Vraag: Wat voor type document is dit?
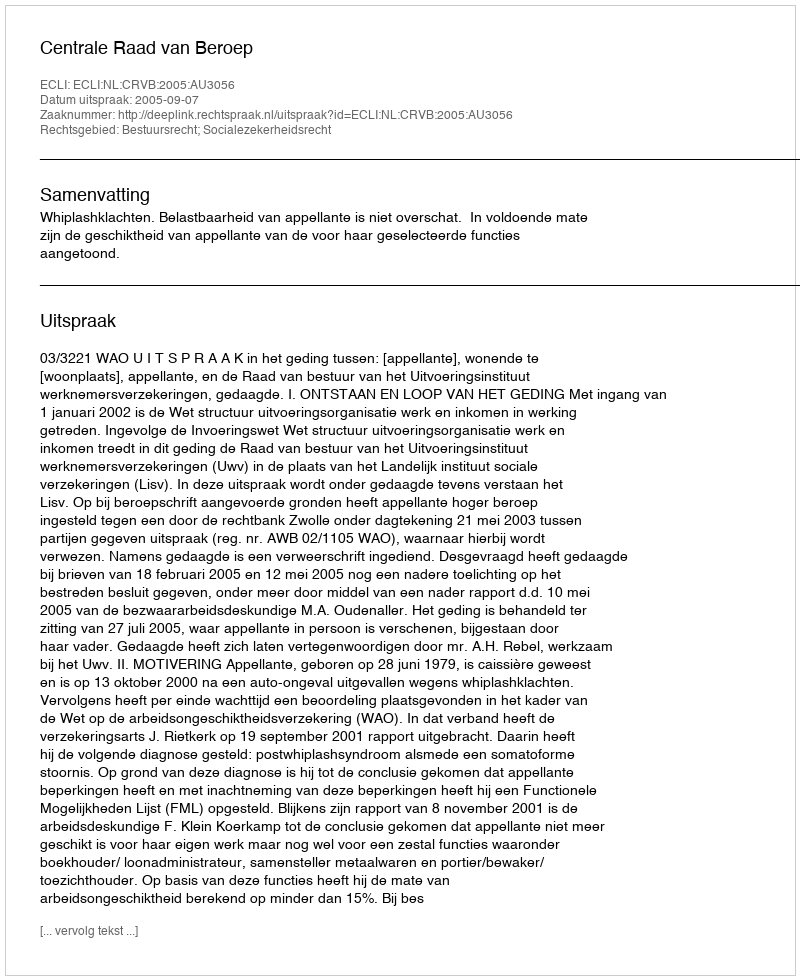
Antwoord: Uitspraak